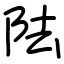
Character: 阹